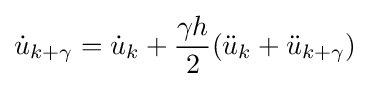
{\dot {u}}_{k+\gamma }={\dot {u}}_{k}+{\frac {\gamma h}{2}}({\ddot {u}}_{k}+{\ddot {u}}_{k+\gamma })